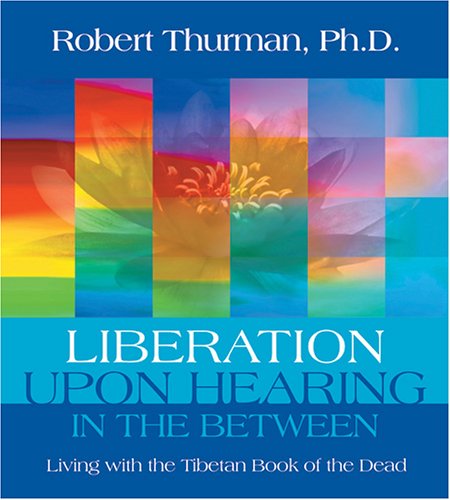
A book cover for Liberation upon Hearing in the Between: Living with the Tibetan Book of the Dead; Robert Thurman; Religion & Spirituality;